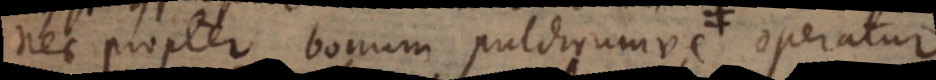
nec propter bonum pulchrumve operatur